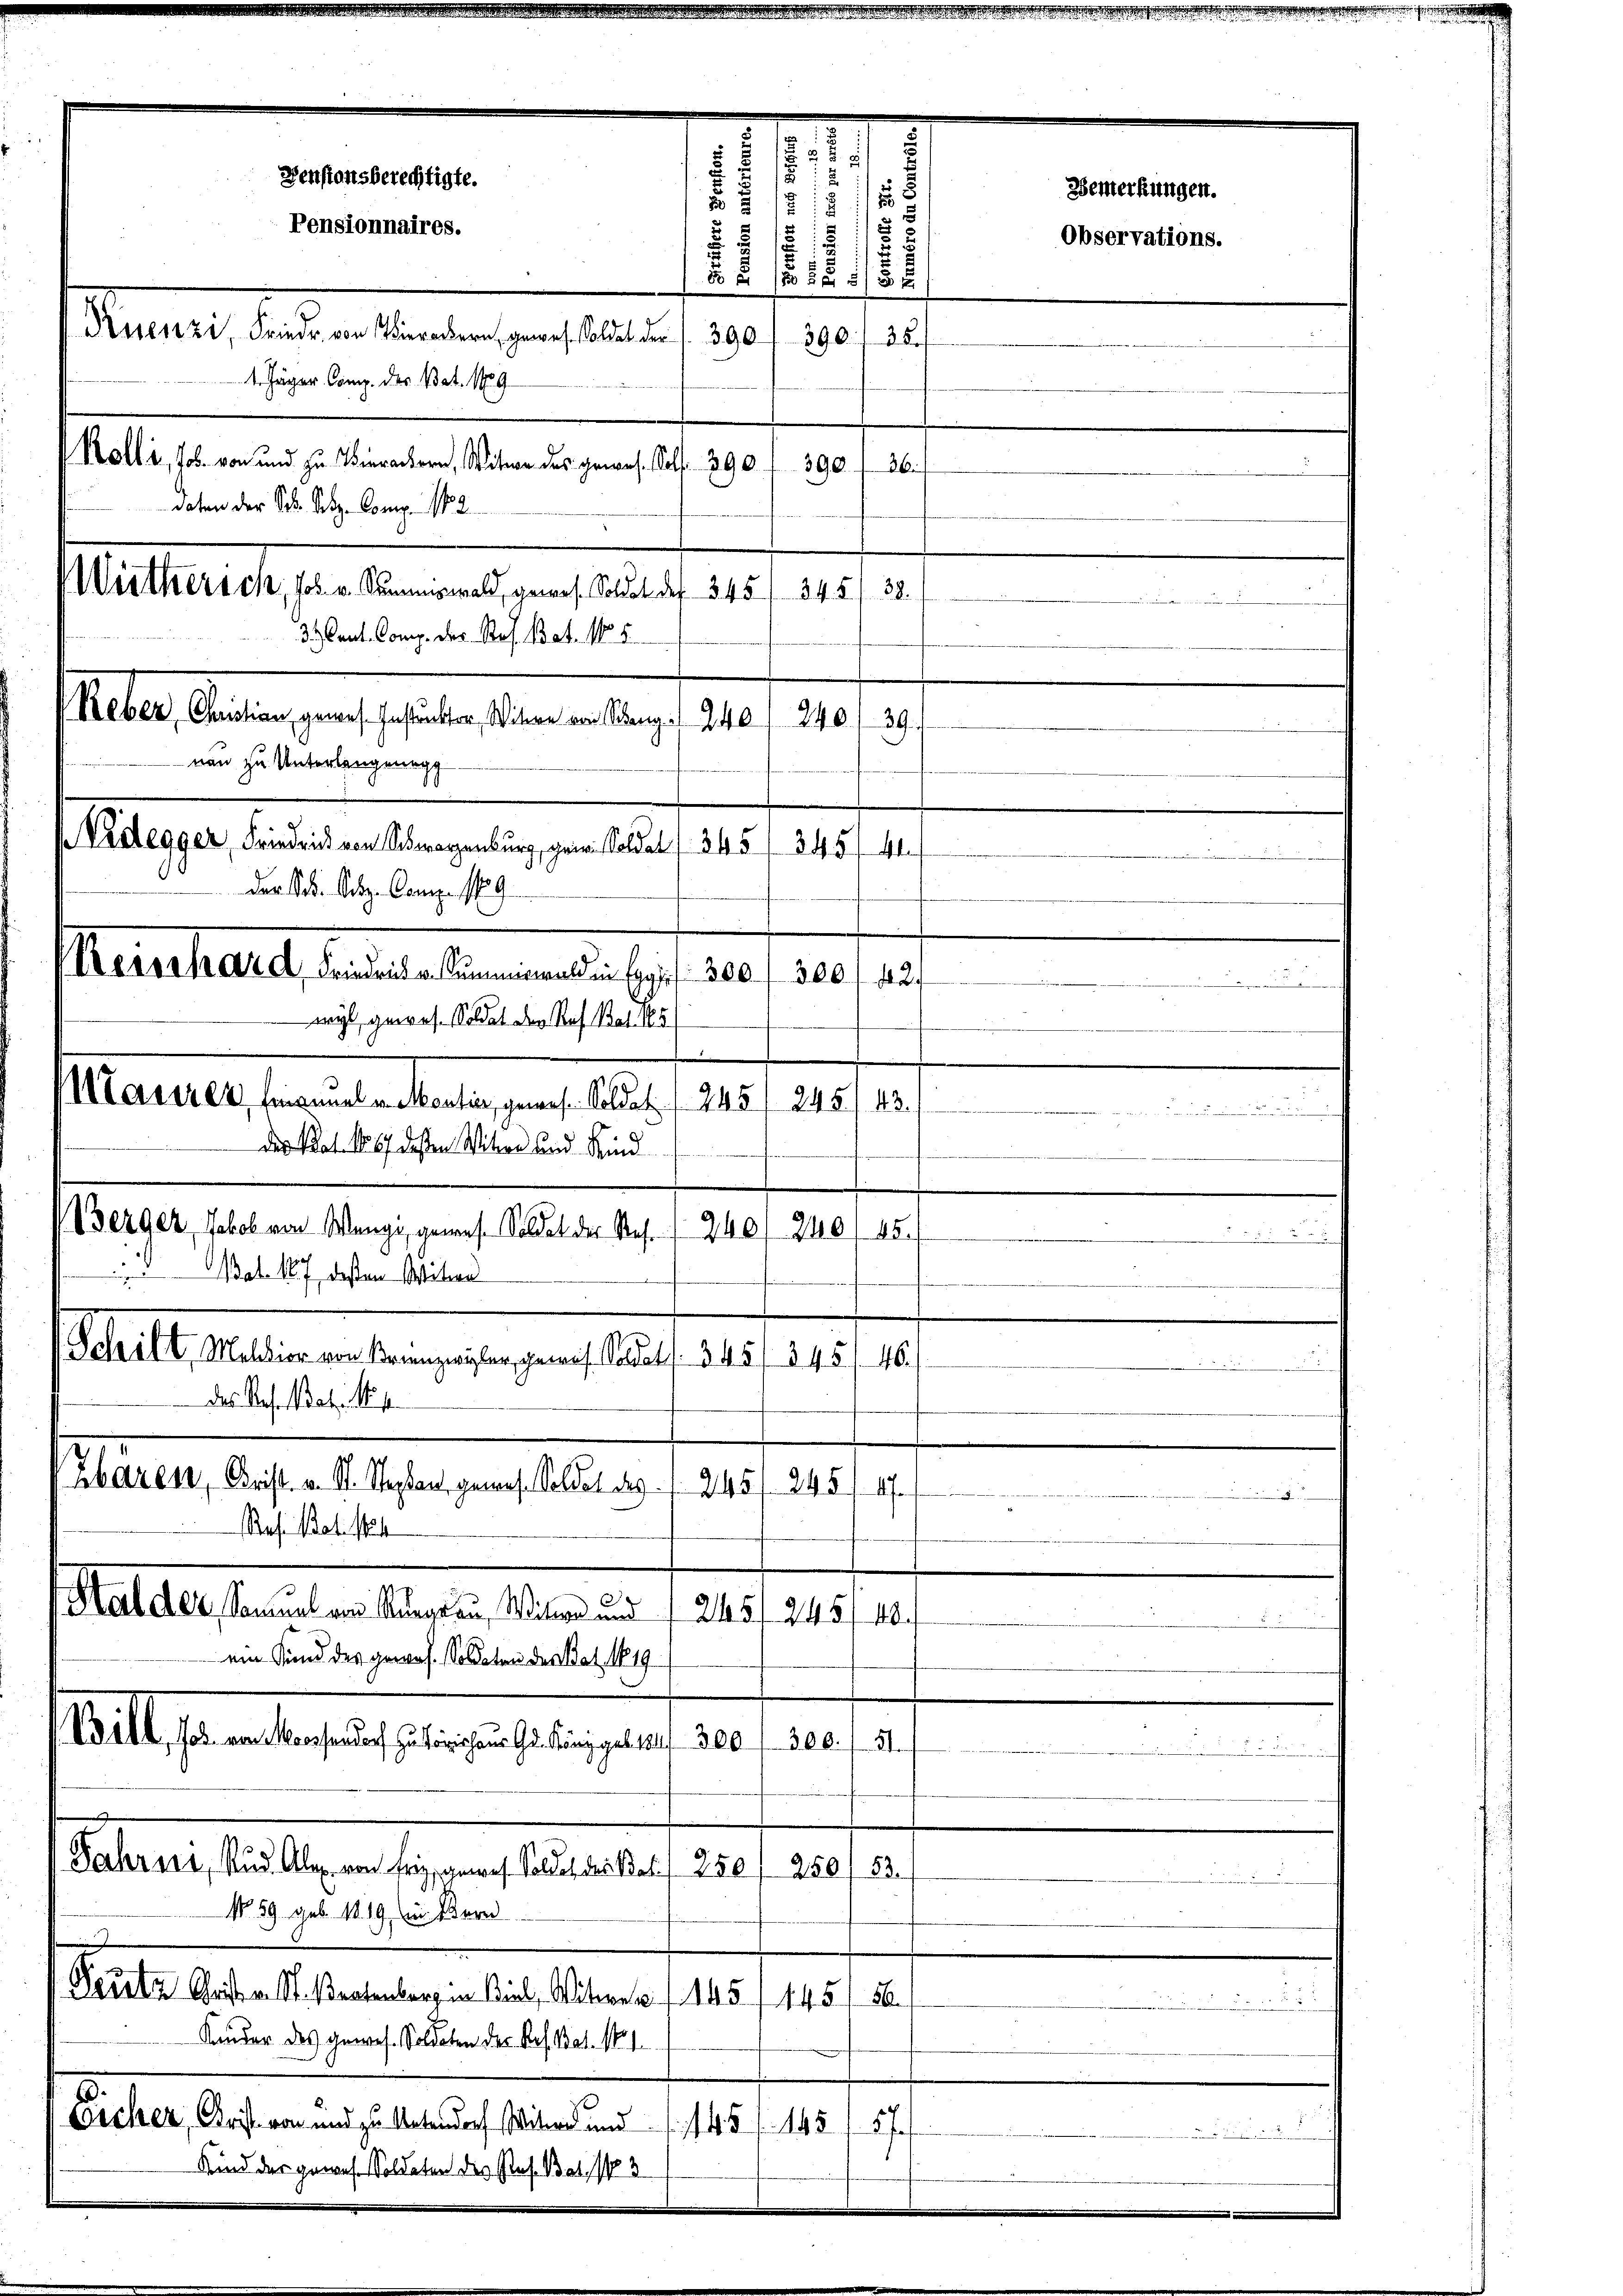
e
1
Denftonsberechtigte.
Bemerkungen.
22
25
Pensionnaires.
u
Observations.
s
8
1
No a 1355/5
Nuenzi, Friedr. von Vierkern, gewes. Soldet der S. 390
390. 138.
1. Jäger Comp. des Bat. 1889
Kolli, Joh. von und zu Vierachern, Witwe des gewes. Soll 390
398. f 36
daten der Sch. Satz. Comp. No. 2

nau zu Unterlangenegg
Nidegger, Friedrid von Schragenburg, gen. Soldat 345 f 345/ 41.
der A. Ad. Comp. 189
Kerchert, seine Gemeinden hast 180 f. 10. 127.
wyl gewes. Soldat der Ruf Rat. 185
Maserer Heinmal v. Mentia, gewes. Soldat  245
des Rat. 1867 dessen Witwe und Kind
Berger, Jakob von Wange, gewesen Soldet der Ref

d
Bat. 187 dessen Witwe
das Resoldat N
Zbaren, Krist. v. St. Stephan gewes. Soldat des
Res. Bat. Men
Maltestanden angen Man

240/240/ 85.
Schift Melior von Kranzwyler, gewes. Soldat f. 345/ 345/ 46.
245
f
245/245/10.
ein Sind des gewos. Soldaten des Bat. No. 19
(Brill, Jos. von Moossendorf zu Törichens Gr. Ringgel 1841. 300 f 300. f. 51.
Jahrens, Rud. Alex von Friz gewes. Soldet des Bat. 250 f 250, 53.
No. 29 geb. 1819, in Bern
Peceta Christen St. Bratenberg in Biel, Witwe . . 145. 145
56.
Kander des gewes. Soldaten der Ref Bat. 11
s
wicher, Krist von und zu Untendorf Mit und 145 f 145 f 57
Kind der gewach Soldaten des Res. Bal, 13

Weithersch, Joh. v. Samswald, gewes. Soldat des 345/ 345/ 38.
3.) Cout. Comp. der Ref. Bat. No. 5.
Reber, Christian, gewes. Instruckter, Witwe von Schang 240. 240/39.

5

210.

u

245

e